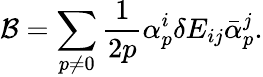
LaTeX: {\cal B}=\sum_{p\neq 0}\frac{1}{2p}\alpha_{p}^{i}\delta E_{ij}\bar{\alpha}_{p}^{j}.